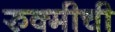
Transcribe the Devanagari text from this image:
रुक्मीची